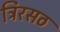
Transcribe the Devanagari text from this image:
त्रिरसठ